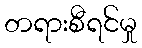
တရားစီရင်မှု